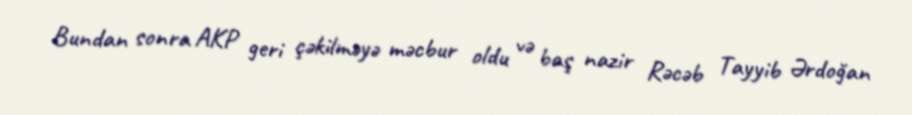
Bundan sonra AKP geri çəkilməyə məcbur oldu və baş nazir Rəcəb Tayyib Ərdoğan